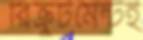
রিক্রুটমেন্টই